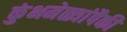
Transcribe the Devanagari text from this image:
कुंभमेळ्यांपैकी